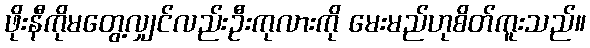
ဖိုးနီကိုမတွေ့လျှင်လည်းဦးကုလားကို မေးမည်ဟုစိတ်ကူးသည်။